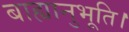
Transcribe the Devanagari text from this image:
बाह्यानुभूति।